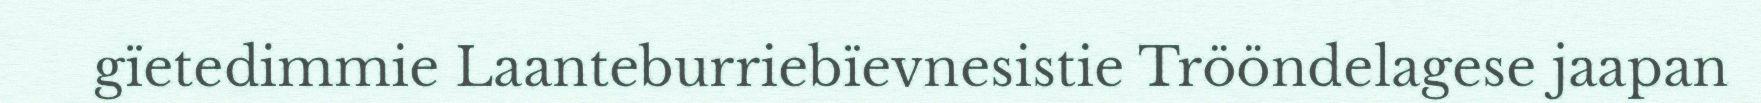
gïetedimmie Laanteburriebïevnesistie Trööndelagese jaapan